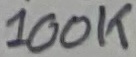
Text: 100K